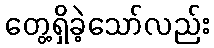
တွေ့ရှိခဲ့သော်လည်း